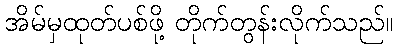
အိမ်မှထုတ်ပစ်ဖို့ တိုက်တွန်းလိုက်သည်။